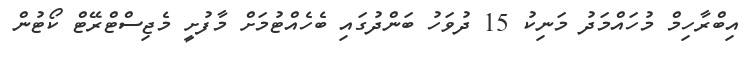
އިބްރާހިމް މުހައްމަދު މަނިކު 15 ދުވަހު ބަންދުގައި ބެހެއްޓުމަށް މާފުށީ މެޖިސްޓްރޭޓް ކޯޓުން